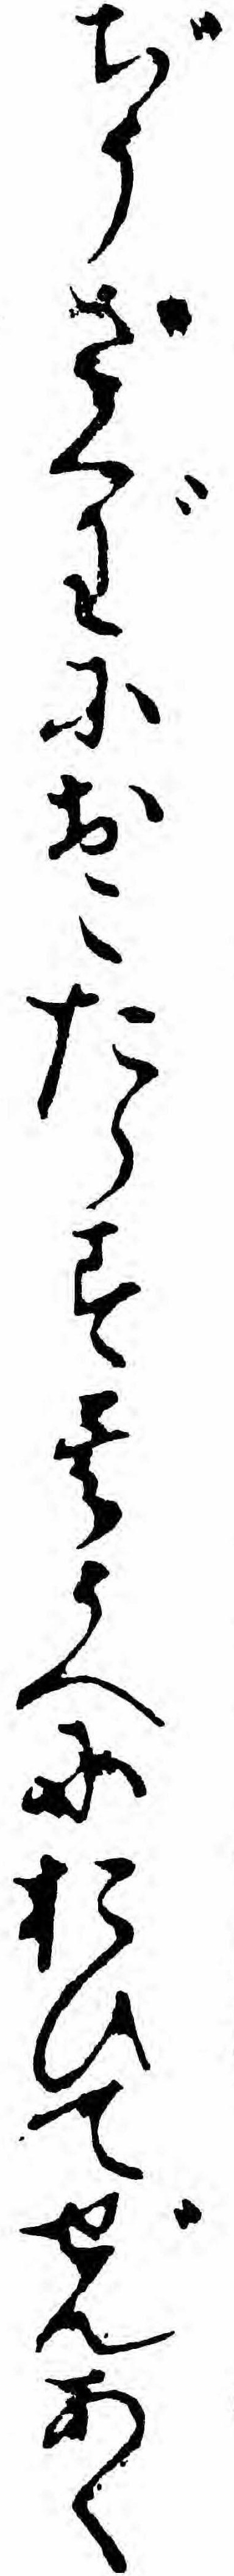
ぢうざぐわにおこたらす其うへにおひてぜんあく